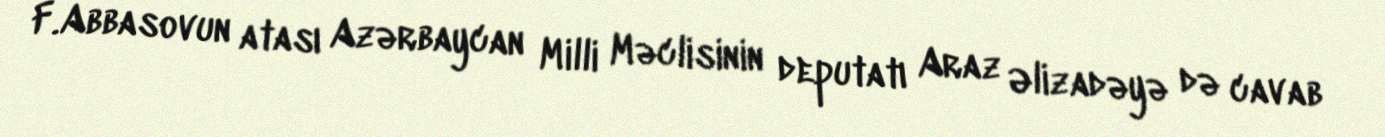
F.Abbasovun atası Azərbaycan Milli Məclisinin deputatı Araz Əlizadəyə də cavab